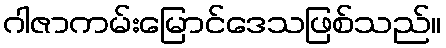
ဂါဇာကမ်းမြောင်ဒေသဖြစ်သည်။